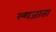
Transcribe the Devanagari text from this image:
ल्गजाता